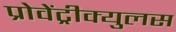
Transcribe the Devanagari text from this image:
प्रोवेंट्रीक्युलस